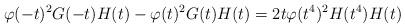
LaTeX: \begin{align*} \varphi(-t)^2G(-t)H(t)-\varphi(t)^2G(t)H(t) = 2t\varphi(t^4)^2H(t^4)H(t)\end{align*}